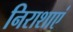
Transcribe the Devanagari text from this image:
निराशाएं